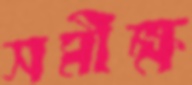
সমীক্ষ